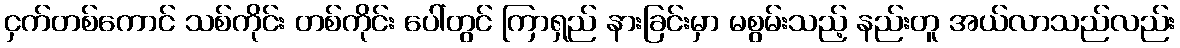
ငှက်တစ်ကောင် သစ်ကိုင်း တစ်ကိုင်း ပေါ်တွင် ကြာရှည် နားခြင်းမှာ မစွမ်းသည့် နည်းတူ အယ်လာသည်လည်း